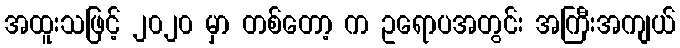
အထူးသဖြင့် ၂၀၂၀ မှာ တစ်တော့ က ဥရောပအတွင်း အကြီးအကျယ်